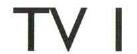
TV I